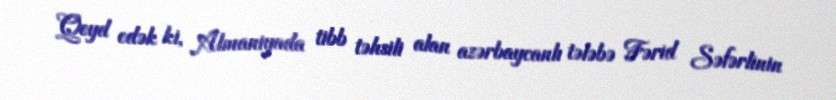
Qeyd edək ki, Almaniyada tibb təhsili alan azərbaycanlı tələbə Fərid Səfərlinin